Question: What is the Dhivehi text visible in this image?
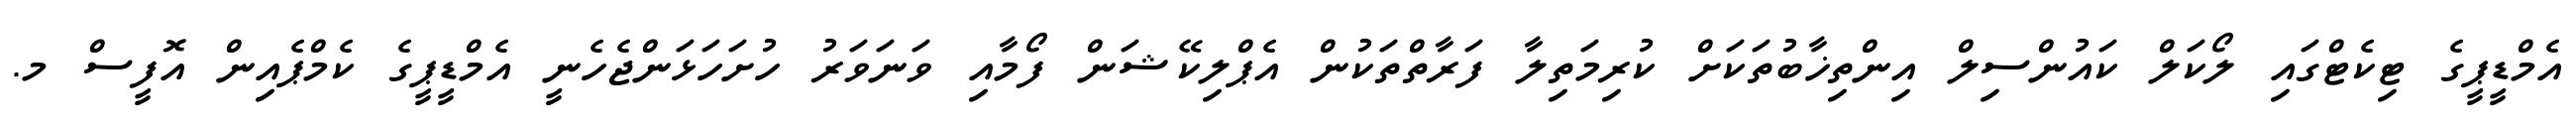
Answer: އެމްޑީޕީގެ ޓިކެޓްގައި ލޯކަލް ކައުންސިލް އިންތިޚާބުތަކަށް ކުރިމަތިލާ ފަރާތްތަކުން އެޕްލިކޭޝަން ފޯމާއި ވަނަވަރު ހުށަހަޅަންޖެހެނީ އެމްޑީޕީގެ ކެމްޕެއިން އޮފީސް މ.